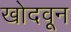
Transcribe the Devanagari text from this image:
खोदवून